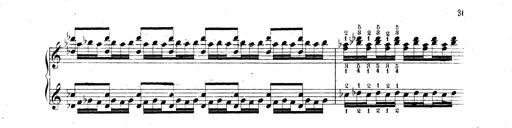
Title: Technische Studien
Composer: Franz Liszt